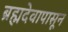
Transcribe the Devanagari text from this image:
ब्रह्मदेवापासून